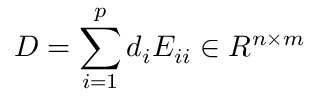
D = \sum _ { i = 1 } ^ { p } d _ { i } E _ { i i } \in R ^ { n \times m }